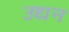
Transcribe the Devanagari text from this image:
उद्यन